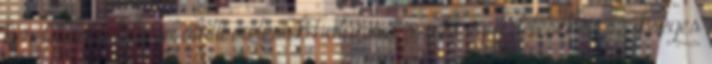
keretében a felszín alatti víztestek határvízi szintű egyeztetéséhez szükséges